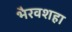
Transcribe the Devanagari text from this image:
भैरवशहा